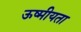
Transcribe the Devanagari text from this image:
ऊष्मीयता